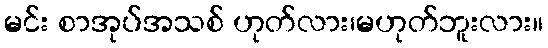
မင်း စာအုပ်အသစ် ဟုတ်လား၊မဟုတ်ဘူးလား။